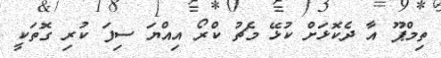
ތިމްޕޫ އާ ދެކޮޅަށް ކުޅޭ މެޗު ކްރޯ އިއްޔަ ސިފަ ކުރި ގޮތަކީ